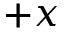
+ x